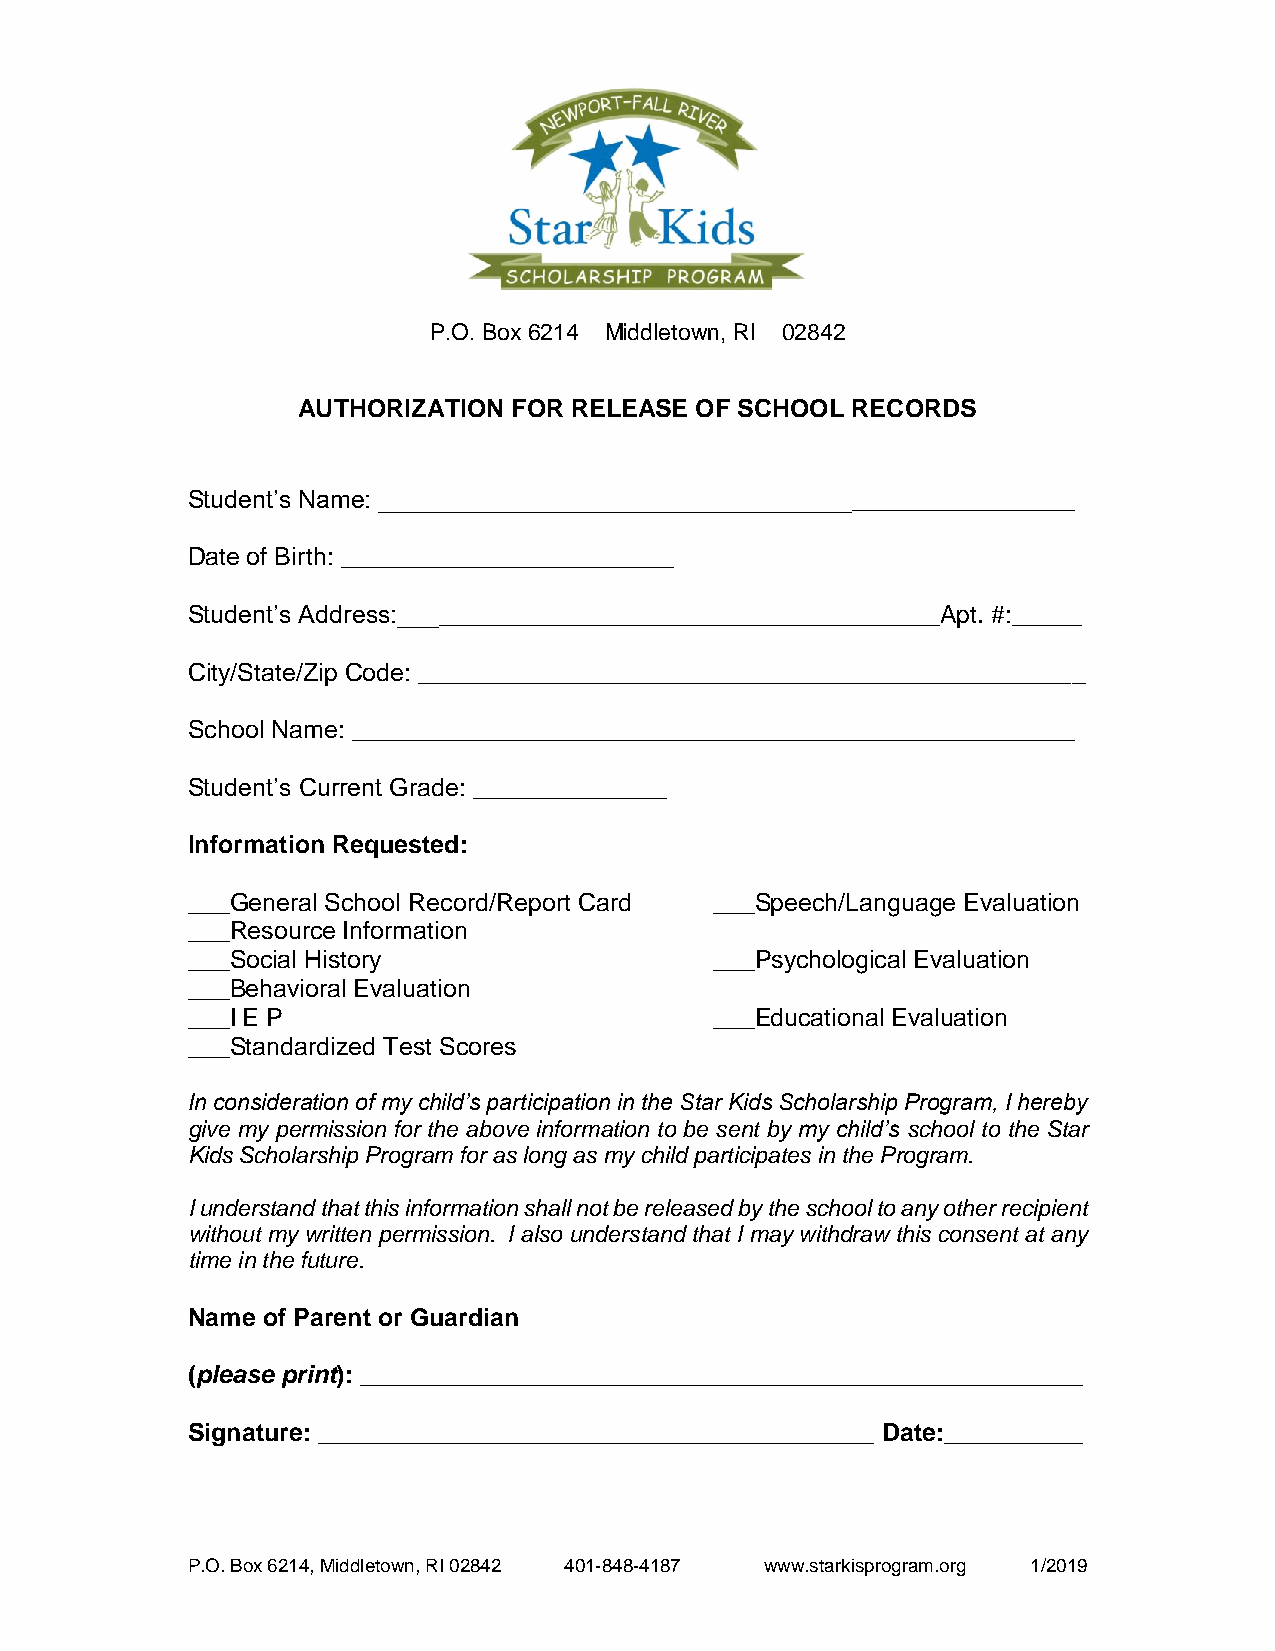
P.O. Box 6214 Middletown, RI 02842
 AUTHORIZATION FOR RELEASE OF SCHOOL RECORDS
 Student’s Name: __________________________________________________
 Date of Birth: ________________________
 Student’s Address:_______________________________________Apt. #:_____
 City/State/Zip Code: ________________________________________________
 School Name: ____________________________________________________
 Student’s Current Grade: ______________
 Information Requested:
 ___General School Record/Report Card ___Speech/Language Evaluation
 ___Resource Information
 ___Social History                  ___Psychological Evaluation
 ___Behavioral Evaluation
 ___I E P                           ___Educational Evaluation
 ___Standardized Test Scores
 In consideration of my child’s participation in the Star Kids Scholarship Program, I hereby
 give my permission for the above information to be sent by my child’s school to the Star
 Kids Scholarship Program for as long as my child participates in the Program.
 I understand that this information shall not be released by the school to any other recipient
 without my written permission. I also understand that I may withdraw this consent at any
 time in the future.
 Name of Parent or Guardian
 (please print): ____________________________________________________
 Signature: ________________________________________ Date:__________
 P.O. Box 6214, Middletown, RI 02842 401-848-4187 www.starkisprogram.org 1/2019